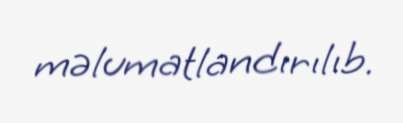
məlumatlandırılıb.